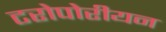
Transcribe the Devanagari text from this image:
टरोपोरीयन